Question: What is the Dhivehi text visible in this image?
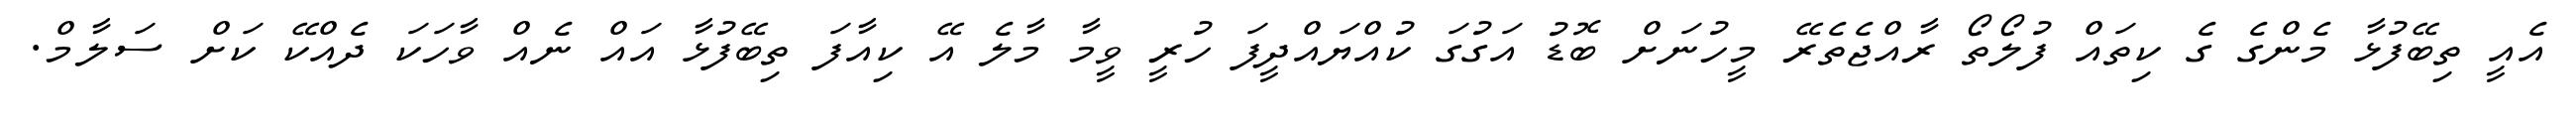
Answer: އެއީ ތިބޭފުޅާ މެންގެ ގެ ކިތައް ފުލޯތޯ ރާއްޖެތެރޭ މީހުނަށް ބޮޑު އަގުގަ ކުއްޔައްދީފަ ހުރީ ވީމާ މާލެ އޭ ކިއާފަ ތިބޭފުޅާ އައް ނެއް ވާހަކަ ދެއްކޭ ކަށް ސަލާމް.